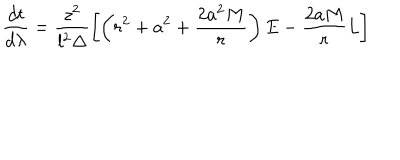
LaTeX: \frac { d t } { d \lambda } = \frac { z ^ { 2 } } { l ^ { 2 } \Delta } \left[ \left( r ^ { 2 } + a ^ { 2 } + \frac { 2 a ^ { 2 } M } { r } \right) E - \frac { 2 a M } { r } L \right]